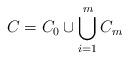
LaTeX: \begin{align*} C=C_0\cup \bigcup_{i=1}^m C_m \end{align*}